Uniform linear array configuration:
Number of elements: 32
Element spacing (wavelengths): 1
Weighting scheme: kaiser
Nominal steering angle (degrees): -15
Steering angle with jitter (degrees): -15.813
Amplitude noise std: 0.05
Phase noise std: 0.05

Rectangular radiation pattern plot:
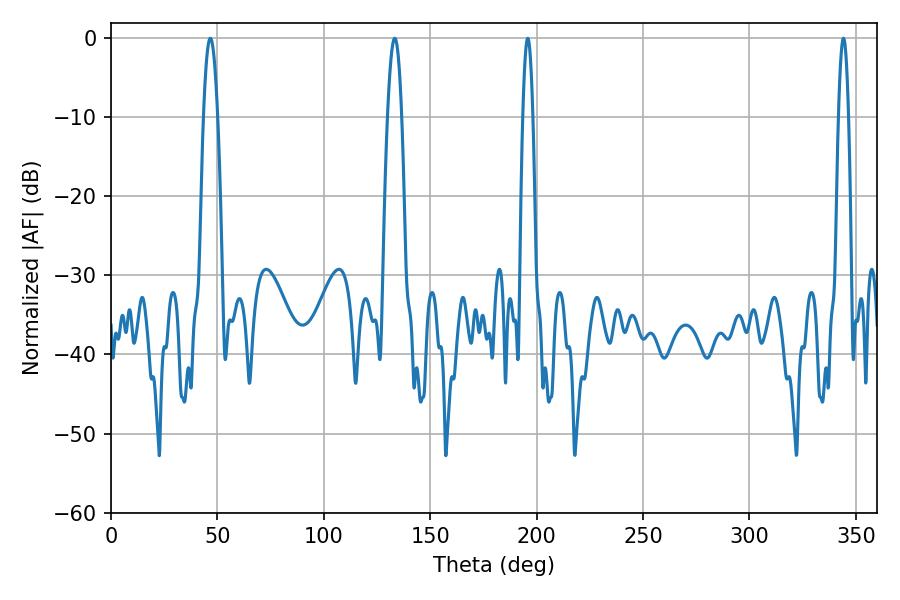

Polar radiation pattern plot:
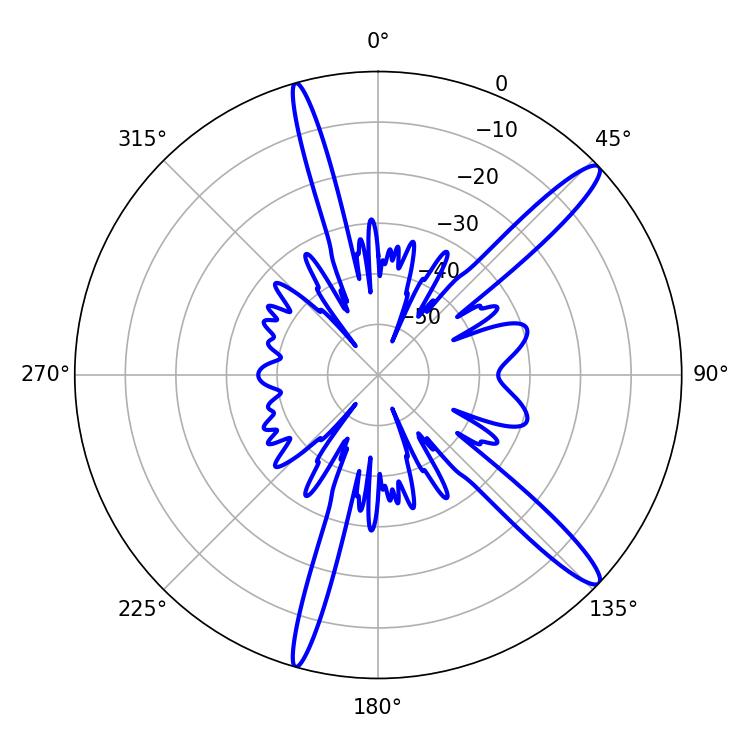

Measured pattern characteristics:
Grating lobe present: TRUE
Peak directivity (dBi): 14.283
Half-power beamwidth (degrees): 2.52
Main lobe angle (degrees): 344.16